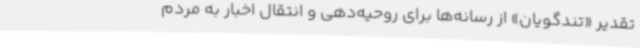
تقدیر «تندگویان» از رسانه‌ها برای روحیه‌دهی و انتقال اخبار به مردم